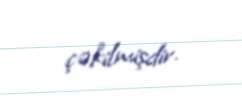
çəkilmişdir.